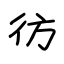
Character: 彷